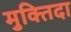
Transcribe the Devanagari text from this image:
मुक्‍तिदा